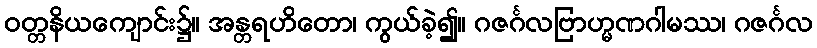
ဝတ္တနိယကျောင်း၌။ အန္တရဟိတော၊ ကွယ်ခဲ့၍။ ဂဇင်္ဂလဗြာဟ္မဏဂါမဿ၊ ဂဇင်္ဂလ